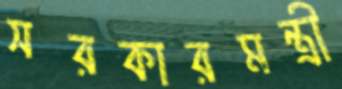
সরকারমন্ত্রী